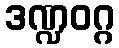
ဒဏ္ဍဝဂ္ဂ